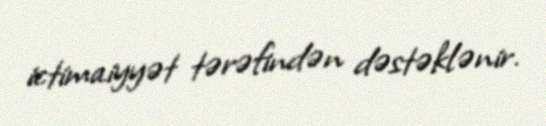
ictimaiyyət tərəfindən dəstəklənir.